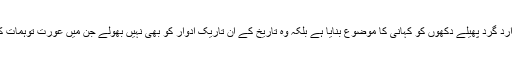
احمد جاوید نے نا صرف اپنے ارد گرد پھیلے دکھوں کو کہانی کا موضوع بنایا ہے بلکہ وہ تاریخ کے ان تاریک ادوار کو بھی نہیں بھولے جن میں عورت توہمات کے نام پر قربان کی جاتی رہی۔